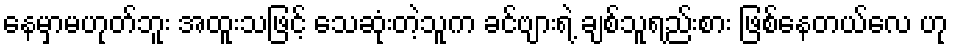
နေမှာမဟုတ်ဘူး အထူးသဖြင့် သေဆုံးတဲ့သူက ခင်ဗျားရဲ့ ချစ်သူရည်းစား ဖြစ်နေတယ်လေ ဟု